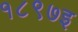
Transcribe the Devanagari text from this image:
१८९७इ